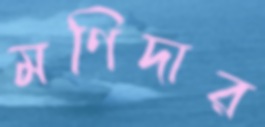
মণিদার